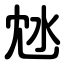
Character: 沊